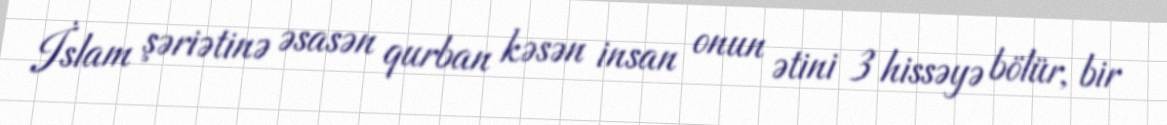
İslam şəriətinə əsasən qurban kəsən insan onun ətini 3 hissəyə bölür, bir